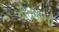
વીતવાની